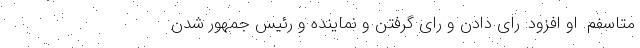
متاسفم. او افزود: رای دادن و رای گرفتن و نماینده و رئیس جمهور شدن